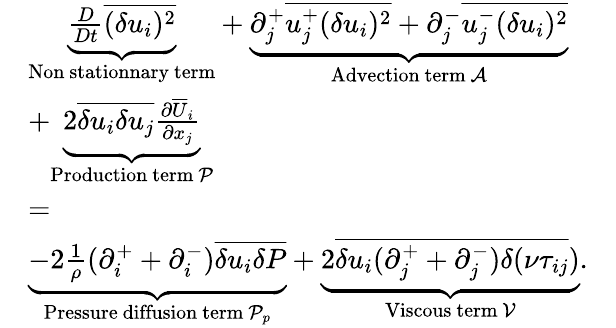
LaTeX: \begin{array}{rlr}&{\underbrace{\frac{D}{Dt}\overline{{(\delta u_{i})^{2}}}}_{\mathrm{Non~stationnary~term}}+\underbrace{\partial_{j}^{+}\overline{{u_{j}^{+}(\delta u_{i})^{2}}}+\partial_{j}^{-}\overline{{u_{j}^{-}(\delta u_{i})^{2}}}}_{\mathrm{Advection~term}\, \mathcal{A}}}&\\ &{+\underbrace{2\overline{{\delta u_{i}\delta u_{j}}}\frac{\partial\overline{{U}}_{i}}{\partial x_{j}}}_{\mathrm{Production~term}\, \mathcal{P}}}&\\ &{=}&\\ &{\underbrace{-2\frac{1}{\rho}(\partial_{i}^{+}+\partial_{i}^{-})\overline{{\delta u_{i}\delta P}}}_{\mathrm{Pressure~diffusion~term}\, {\mathcal P_{p}}}+\underbrace{2\overline{{\delta u_{i}(\partial_{j}^{+}+\partial_{j}^{-})\delta(\nu\tau_{ij}}})}_{\mathrm{Viscous~term}\, \mathcal{V}}.}&\end{array}